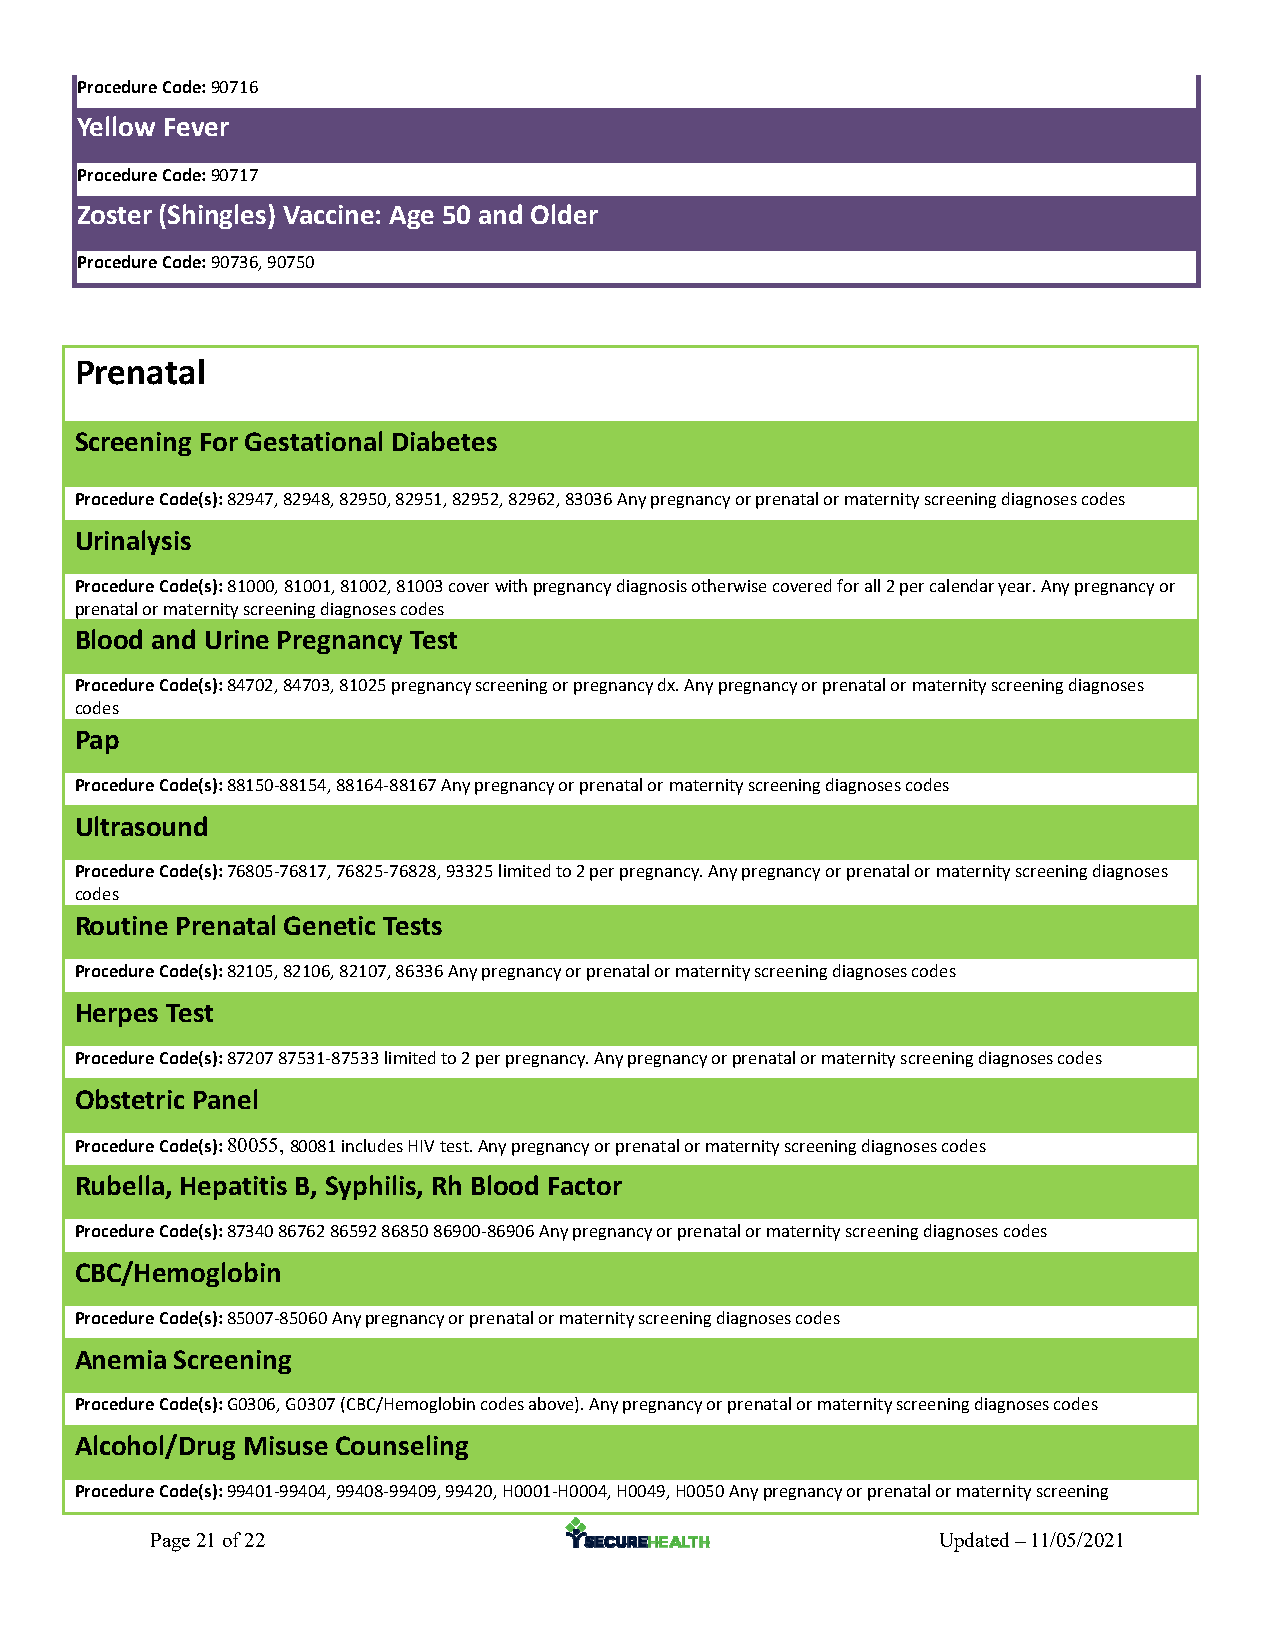
Procedure Code: 90716
 Yellow Fever
 Procedure Code: 90717
 Zoster (Shingles) Vaccine: Age 50 and Older
 Procedure Code: 90736, 90750
 Prenatal
 Screening For Gestational Diabetes
 Procedure Code(s): 82947, 82948, 82950, 82951, 82952, 82962, 83036 Any pregnancy or prenatal or maternity screening diagnoses codes
 Urinalysis
 Procedure Code(s): 81000, 81001, 81002, 81003 cover with pregnancy diagnosis otherwise covered for all 2 per calendar year. Any pregnancy or
 prenatal or maternity screening diagnoses codes
 Blood and Urine Pregnancy Test
 Procedure Code(s): 84702, 84703, 81025 pregnancy screening or pregnancy dx. Any pregnancy or prenatal or maternity screening diagnoses
 codes
 Pap
 Procedure Code(s): 88150‐88154, 88164‐88167 Any pregnancy or prenatal or maternity screening diagnoses codes
 Ultrasound
 Procedure Code(s): 76805‐76817, 76825‐76828, 93325 limited to 2 per pregnancy. Any pregnancy or prenatal or maternity screening diagnoses
 codes
 Routine Prenatal Genetic Tests
 Procedure Code(s): 82105, 82106, 82107, 86336 Any pregnancy or prenatal or maternity screening diagnoses codes
 Herpes Test
 Procedure Code(s): 87207 87531‐87533 limited to 2 per pregnancy. Any pregnancy or prenatal or maternity screening diagnoses codes
 Obstetric Panel
 Procedure Code(s): 80055, 80081 includes HIV test. Any pregnancy or prenatal or maternity screening diagnoses codes
 Rubella, Hepatitis B, Syphilis, Rh Blood Factor
 Procedure Code(s): 87340 86762 86592 86850 86900‐86906 Any pregnancy or prenatal or maternity screening diagnoses codes
 CBC/Hemoglobin
 Procedure Code(s): 85007‐85060 Any pregnancy or prenatal or maternity screening diagnoses codes
 Anemia Screening
 Procedure Code(s): G0306, G0307 (CBC/Hemoglobin codes above). Any pregnancy or prenatal or maternity screening diagnoses codes
 Alcohol/Drug Misuse Counseling
 Procedure Code(s): 99401‐99404, 99408‐99409, 99420, H0001‐H0004, H0049, H0050 Any pregnancy or prenatal or maternity screening
 Page 21 of 22                                       Updated – 11/05/2021